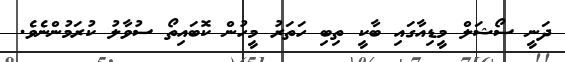
ދަނީ ސޯޝަލް މީޑިއާގައި ބާކީ ތިބި ހަތަރު މީހުން ކޮބައިތޯ ސުވާލު ކުރަމުންނެވެ.